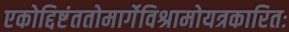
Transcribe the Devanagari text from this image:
एकोद्दिष्टंततोमार्गेविश्रामोयत्रकारितः